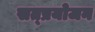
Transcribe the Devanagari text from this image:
सत्प्रयोजन